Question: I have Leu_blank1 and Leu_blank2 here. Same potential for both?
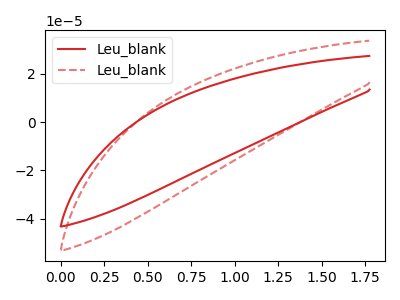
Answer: <think>The red curve "Leu_blank1" has no peaks. The red dashed curve "Leu_blank2" has no peaks.
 Neither "Leu_blank1" or "Leu_blank2" have any peaks.</think>
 <answer>"Leu_blank1" and "Leu_blank2" are similar in shape.</answer>
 <eval>same_shape</eval>